Indian journal of veterinary science and animal husbandry - Volume 5,
Year: 1935
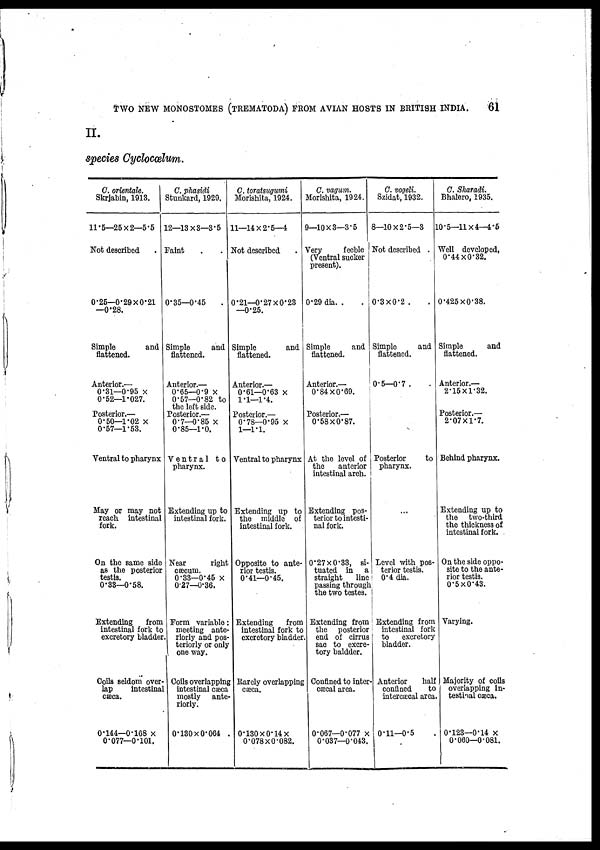
TWO NEW MONOSTOMES (TREMATODA) FROM AVIAN HOSTS IN BRITISH INDIA.
61
II.
species Cyclocœlum.
C. orientale.
Skrjabin, 1913.
11.5—25 × 2—5.5
Not described .
0.25—0.29 × 0.21
—0.28.
Simple
and
flattened.
Anterior.—
0.31—0.95 ×
0.52—1.027.
Posterior.—
0.50—1.02 ×
0.57—1.53.
Ventral to pharynx
May or may not
reach intestinal
fork.
On the same side
as the posterior
testis.
0.33—0.58.
Extending
from
intestinal fork to
excretory bladder
Coils seldom over-
lap
intestinal
cæca.
0.144—0.168 ×
0.077—0.101.
C. phasidi
Stunkard, 1929.
12—13 × 3—3.5
Faint . .
0.35—0.45
Simple
and
flattened.
Anterior.—
0.65—0.9 ×
0.57—0.82 to
the left side.
Posterior.—
0.7—0.85 ×
0.85—1.0.
Ventral to
pharynx.
Extending up to
intestinal fork.
Near
right
cæcum.
0.33—0.45 ×
0.27—0.36.
Form variable:
meeting ante-
riorly and pos-
teriorly or only
one way.
Coils overlapping
intestinal cæca
mostly ante-
riorly.
0.130 × 0.064
C. toratsugumi
Morishita, 1924.
11—14 × 2.5—4
Not described .
0.21—0.27 × 0.23
—0.25.
Simple
and
flattened.
Anterior.—
0.61—0.63 ×
1.1—1.4.
Posterior.—
0.78—0.95 ×
1—1.1.
Ventral to pharynx
Extending up to
the middle of
intestinal fork.
Opposite to ante-
rior testis.
0.41—0.45.
Extending
from
intestinal fork to
excretory bladder
Rarely overlapping
cæca.
0.130 × 0.14×
0.078 × 0.082.
C. vagum.
Morishita, 1924.
9—10 × 3—3.5
Very
feeble
(Ventral sucker
present).
0.29 dia. . .
Simple
and
flattened.
Anterior.—
0.84 × 0.69.
Posterior.—
0.58 × 0.87.
At the level of
the
anterior
intestinal arch.
Extending pos-
terior to intesti-
nal fork.
0.27 × 0.33, si-
tuated in a
straight
line
passing through
the two testes.
Extending from
the posterior
end of cirrus
sac to excre-
tory baldder.
Confined to inter-
cæcal area.
0.067—0.077 ×
0.037—0.043.
C. vogeli.
Szidat, 1932.
8—10 × 2.5—3
Not described .
0.3 × 0.2 . .
Simple
and
flattened.
0.5—0.7 .
Posterior
to
pharynx.
...
Level with pos-
terior testis.
0.4 dia.
Extending from
intestinal fork
to excretory
bladder.
Anterior
half
confined
to
intercæcal area.
0.11—0.5
C. Sharadi.
Bhalero, 1935.
10.5—11 × 4—4.5
Well developed,
0.44 × 0.32.
0.425 × 0.38.
Simple
and
flattened.
Anterior.—
2.15 × 1.32.
Posterior.—
2.07 × 1.7.
Behind pharynx.
Extending up to
the two-third
the thickness of
intestinal fork.
On the side oppo-
site to the ante-
rior testis.
0.5 × 0.43.
Varying.
Majority of coils
overlapping In-
testinal cæca.
0.123—0.14 ×
0.060—0.081.